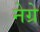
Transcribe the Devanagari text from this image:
नेग्रे